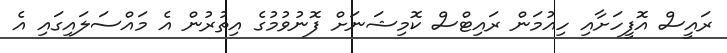
ރައީސް އޮފީހަށާއި ހިއުމަން ރައިޓްސް ކޮމިޝަނަށް ފޮނުވުމުގެ އިތުރުން އެ މައްސަލައިގައި އެ